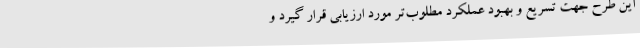
این طرح جهت تسریع و بهبود عملکرد مطلوب‌تر مورد ارزیابی قرار گیرد و